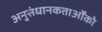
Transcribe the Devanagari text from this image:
अनुसंधानकतार्ओंको